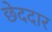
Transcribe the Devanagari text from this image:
छेददार